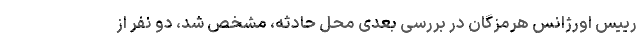
رییس اورژانس هرمزگان در بررسی بعدی محل حادثه، مشخص شد، دو نفر از